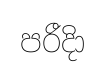
පරීදිා